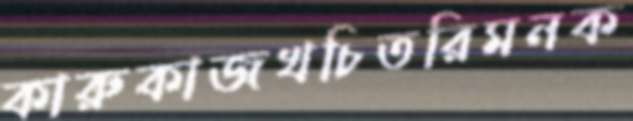
কারুকাজখচিতরিমনক